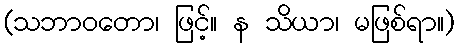
(သဘာဝတော၊ ဖြင့်။ န သိယာ၊ မဖြစ်ရာ။)